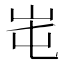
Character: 𡶁